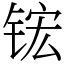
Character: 𬭎